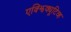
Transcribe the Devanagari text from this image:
एक्झिक्यूटिव्ह